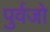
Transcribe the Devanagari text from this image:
पुर्वजो